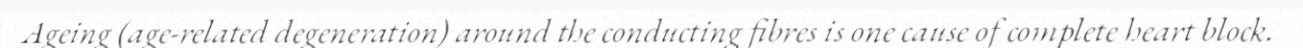
Ageing (age-related degeneration) around the conducting fibres is one cause of complete heart block.